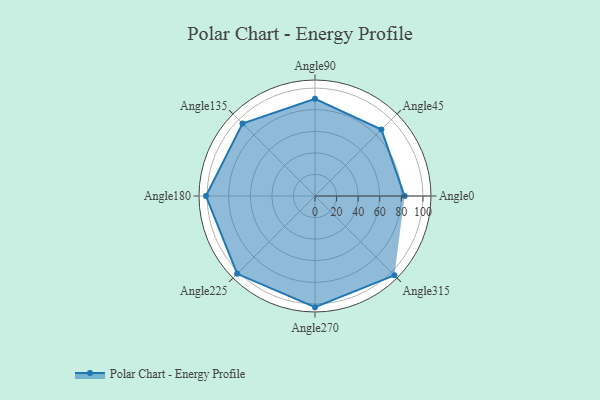
{"axis": {"x": "Angle", "y": "Radius"}, "legend": [""], "data": [{"x": "Angle0", "y": 83.0, "type": ""}, {"x": "Angle45", "y": 87.0, "type": ""}, {"x": "Angle90", "y": 90.0, "type": ""}, {"x": "Angle135", "y": 95.0, "type": ""}, {"x": "Angle180", "y": 101.0, "type": ""}, {"x": "Angle225", "y": 102.0, "type": ""}, {"x": "Angle270", "y": 103.0, "type": ""}, {"x": "Angle315", "y": 104.0, "type": ""}]}